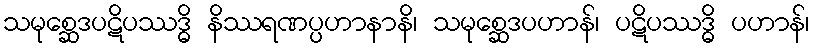
သမုစ္ဆေဒပဋိပဿဒ္ဓိ နိဿရဏပ္ပဟာနာနိ၊ သမုစ္ဆေဒပဟာန်၊ ပဋိပဿဒ္ဓိ ပဟာန်၊